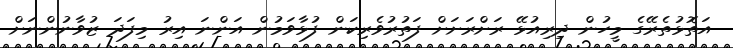
އަތޮޅުތެރޭގެ މީހުން ދިރިއުޅޭ ރަށްރަށަށް ފަތުރުވެރިކަން ފުޅާވަމުން އަންނަ އިރު މިފަދަ ޒުވާނުންނަށް